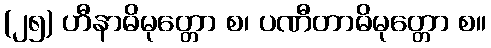
(၂၅) ဟီနာဓိမုတ္တော စ၊ ပဏီတာဓိမုတ္တော စ။